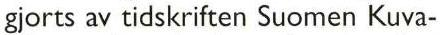
gjorts av tidskriften Suomen Kuva-